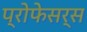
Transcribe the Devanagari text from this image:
प्रोफेसर्स